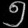
Digit: ၅